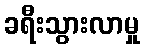
ခရီးသွားလာမှု